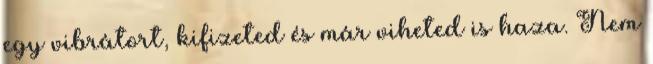
egy vibrátort, kifizeted és már viheted is haza. Nem